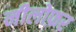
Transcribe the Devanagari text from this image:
नीलोफ़र